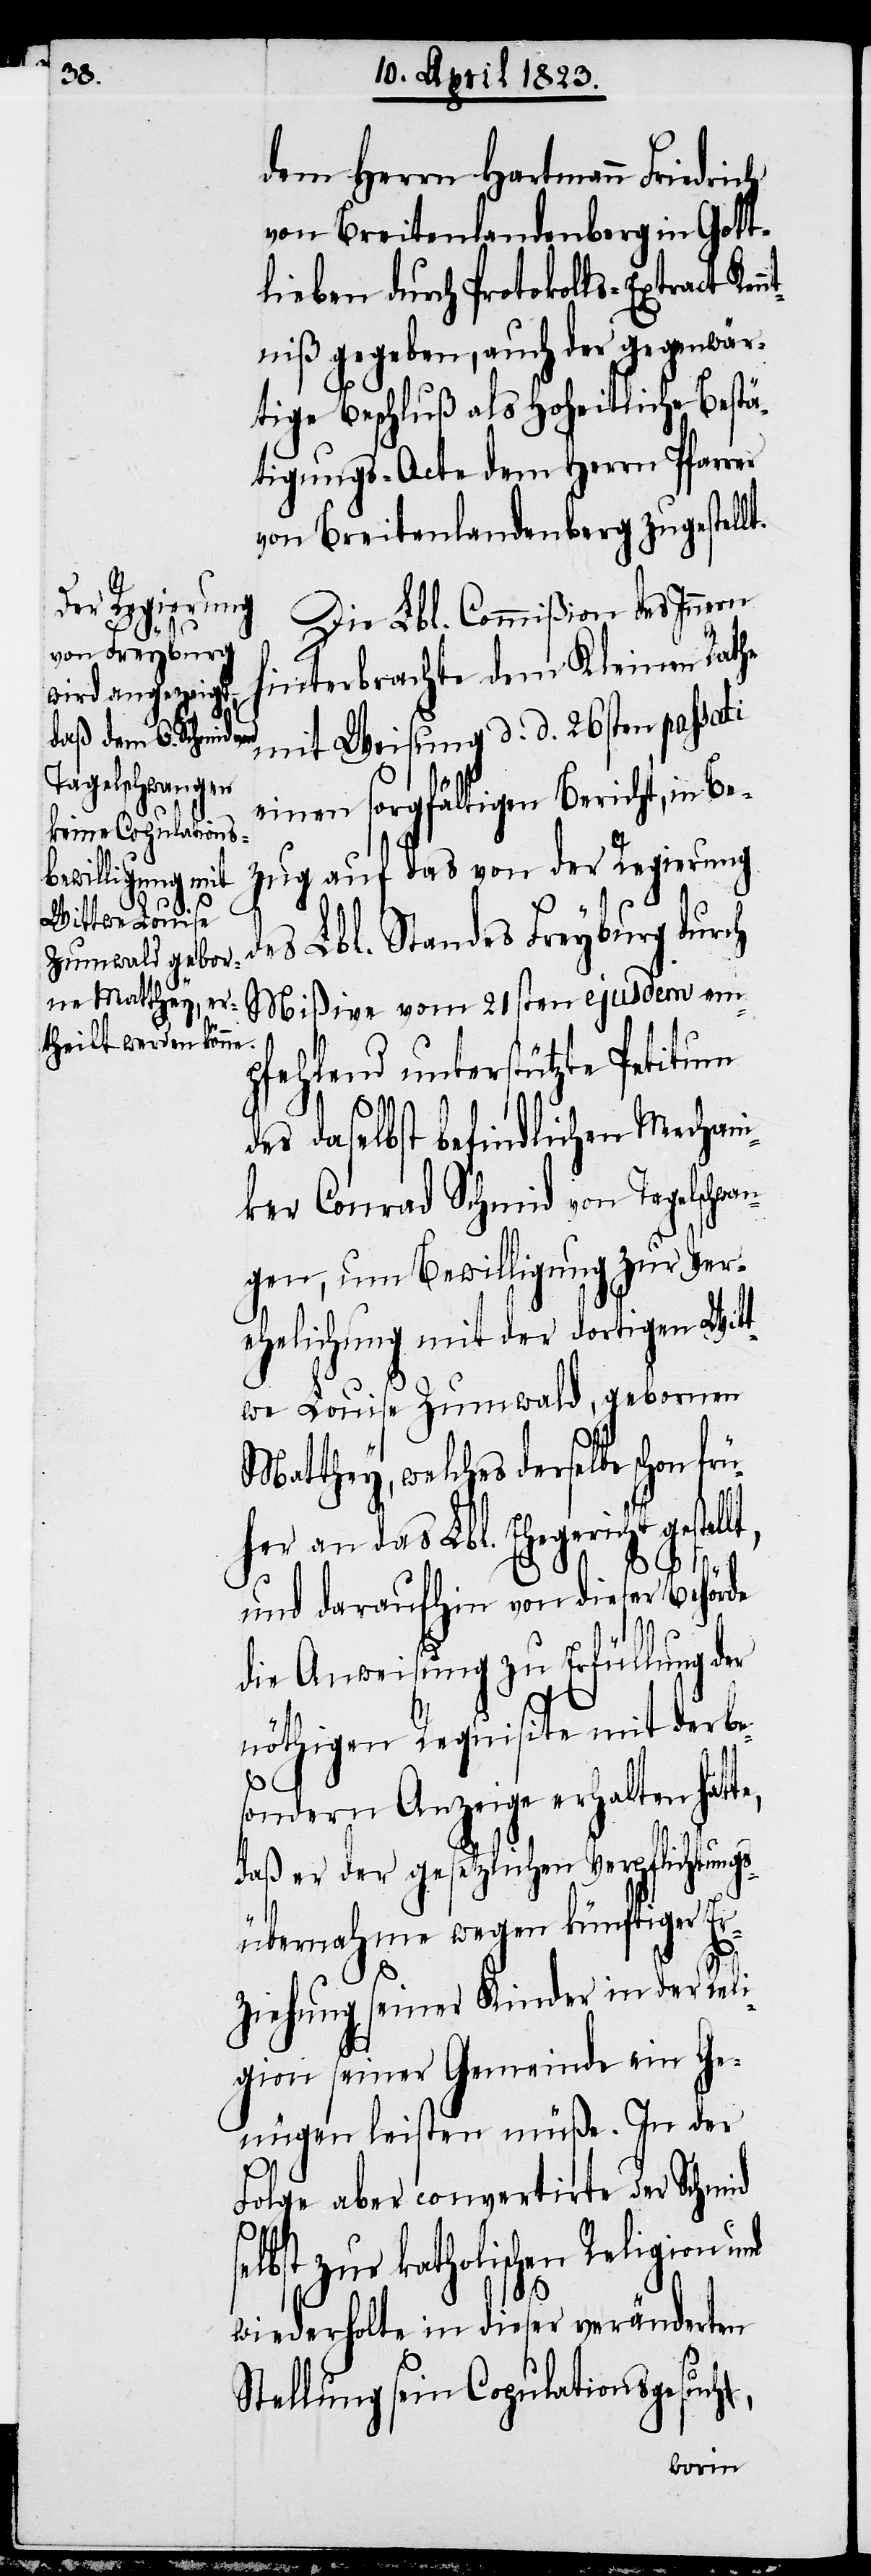
dem Herrn Hartmann Friedrich
von Breitenlandenberg in Gott¬
lieben durch Protokolls-Extract Ken¬
niß gegeben, auch der gegenwär¬
tige Beschluß als hoheitliche Bestä¬
tigungs-Acte dem Herrn Pfarrer
von Breitenlandenberg zugestellt.
Die Lbl. Commißion des Innern
sel¬
hinterbrachte dem Kleinen Rathe
mit Weisung d. d. 26sten passati
einen sorgfältigen Bericht, in Be¬
zug auf das von der Regierung
es Lbl. Standes Freyburg durch
Mißive vom 21sten ejusdem em¬
pfehlend unterstützte Petitum
des daselbst befindlichen Mechani¬
ker Conrad Schmid von Tagelschw¬
gen, um Bewilligung zur Ver¬
ehelichung mit der dortigen Witt¬
we Louise Zumwald, gebornen
Matthey, welches derselbe schon
her an das Lbl. Ehegericht gestell¬
und daraufhin von dieser Behörde
die Anweisung zu Erfüllung der
nöthigen Requisite mit der be¬
sondern Anzeige erhalten hät¬
daß er der gesetzlichen Verpflichtung¬
t,
sübernahme wegen künftiger Er¬
ziehung seiner Kinder in der Reli¬
gion seiner Gemeinde ein Ge¬
nügen leisten müße. In der
Folge aber convertirte der Schmid
bst zur katholischen Religion
wiederholte in dieser veränderten
Stellung sein Copulationsgesuch,